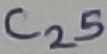
Text: C25